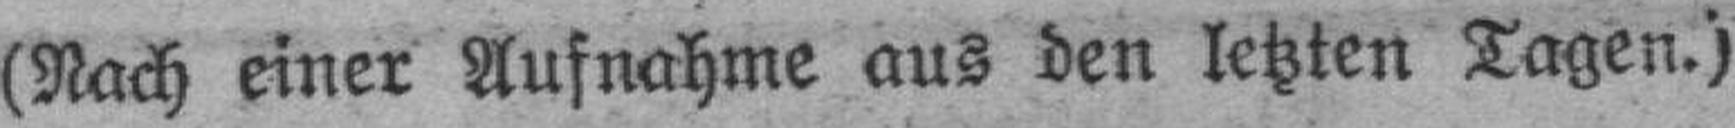
(Nach einer Aufnahme aus den letzten Tagen.)